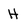
Character: H